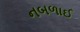
નબળાઈ